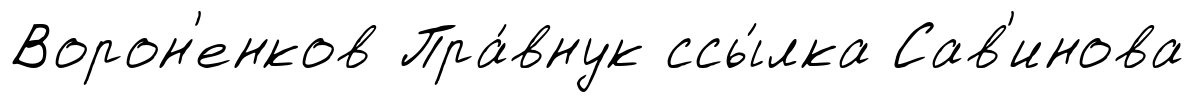
Ворон'енков Пра́внук ссы́лка Сав'инова